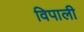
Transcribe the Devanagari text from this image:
विपाली